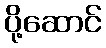
ပို့ဆောင်